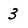
Character: 3